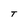
Character: T